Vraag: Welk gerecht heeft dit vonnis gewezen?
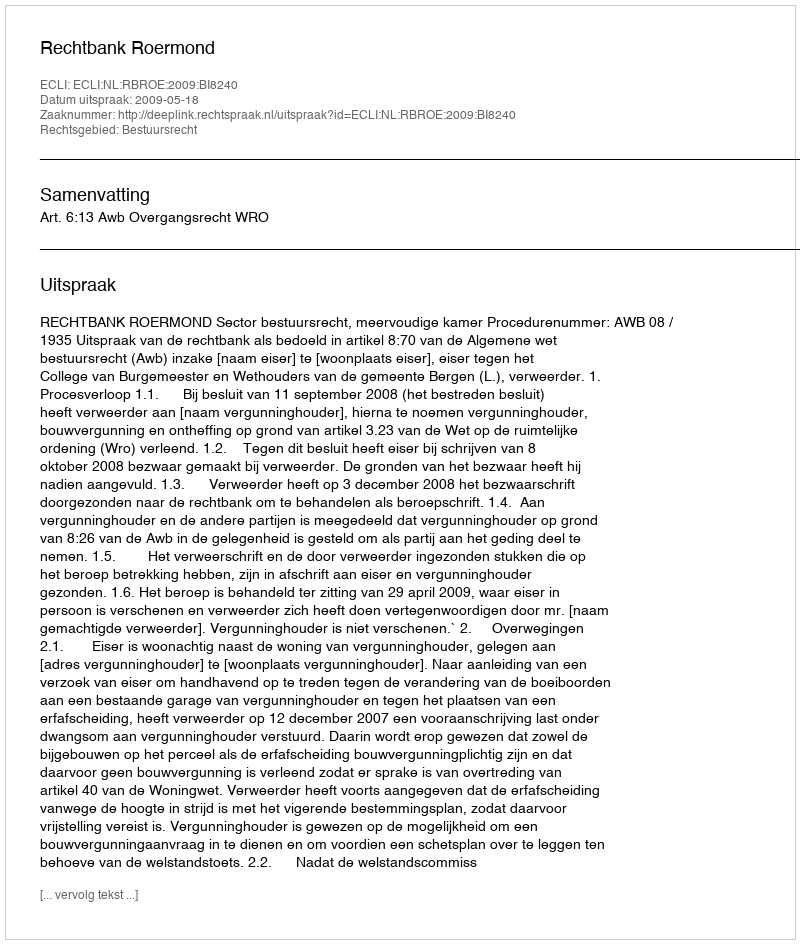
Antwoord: Rechtbank Roermond